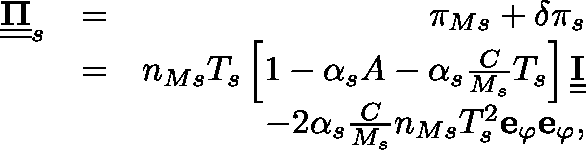
\begin{array} { r l r } { \underline { { \underline { { \mathbf { \Pi } } } } } _ { s } } & { = } & { \pi _ { M s } + \delta \pi _ { s } } \\ & { = } & { n _ { M s } T _ { s } \left[ 1 - \alpha _ { s } A - \alpha _ { s } \frac { C } { M _ { s } } T _ { s } \right] \underline { { \underline { { \mathbf { I } } } } } } \\ & { } & { - 2 \alpha _ { s } \frac { C } { M _ { s } } n _ { M s } T _ { s } ^ { 2 } \mathbf { e } _ { \varphi } \mathbf { e } _ { \varphi } , } \end{array}